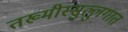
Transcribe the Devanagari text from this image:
तख्मीस्सुल्लुगात